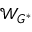
\mathcal { W } _ { G ^ { \ast } }